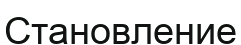
Становление